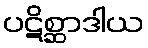
ပဋိစ္ဆာဒါယ